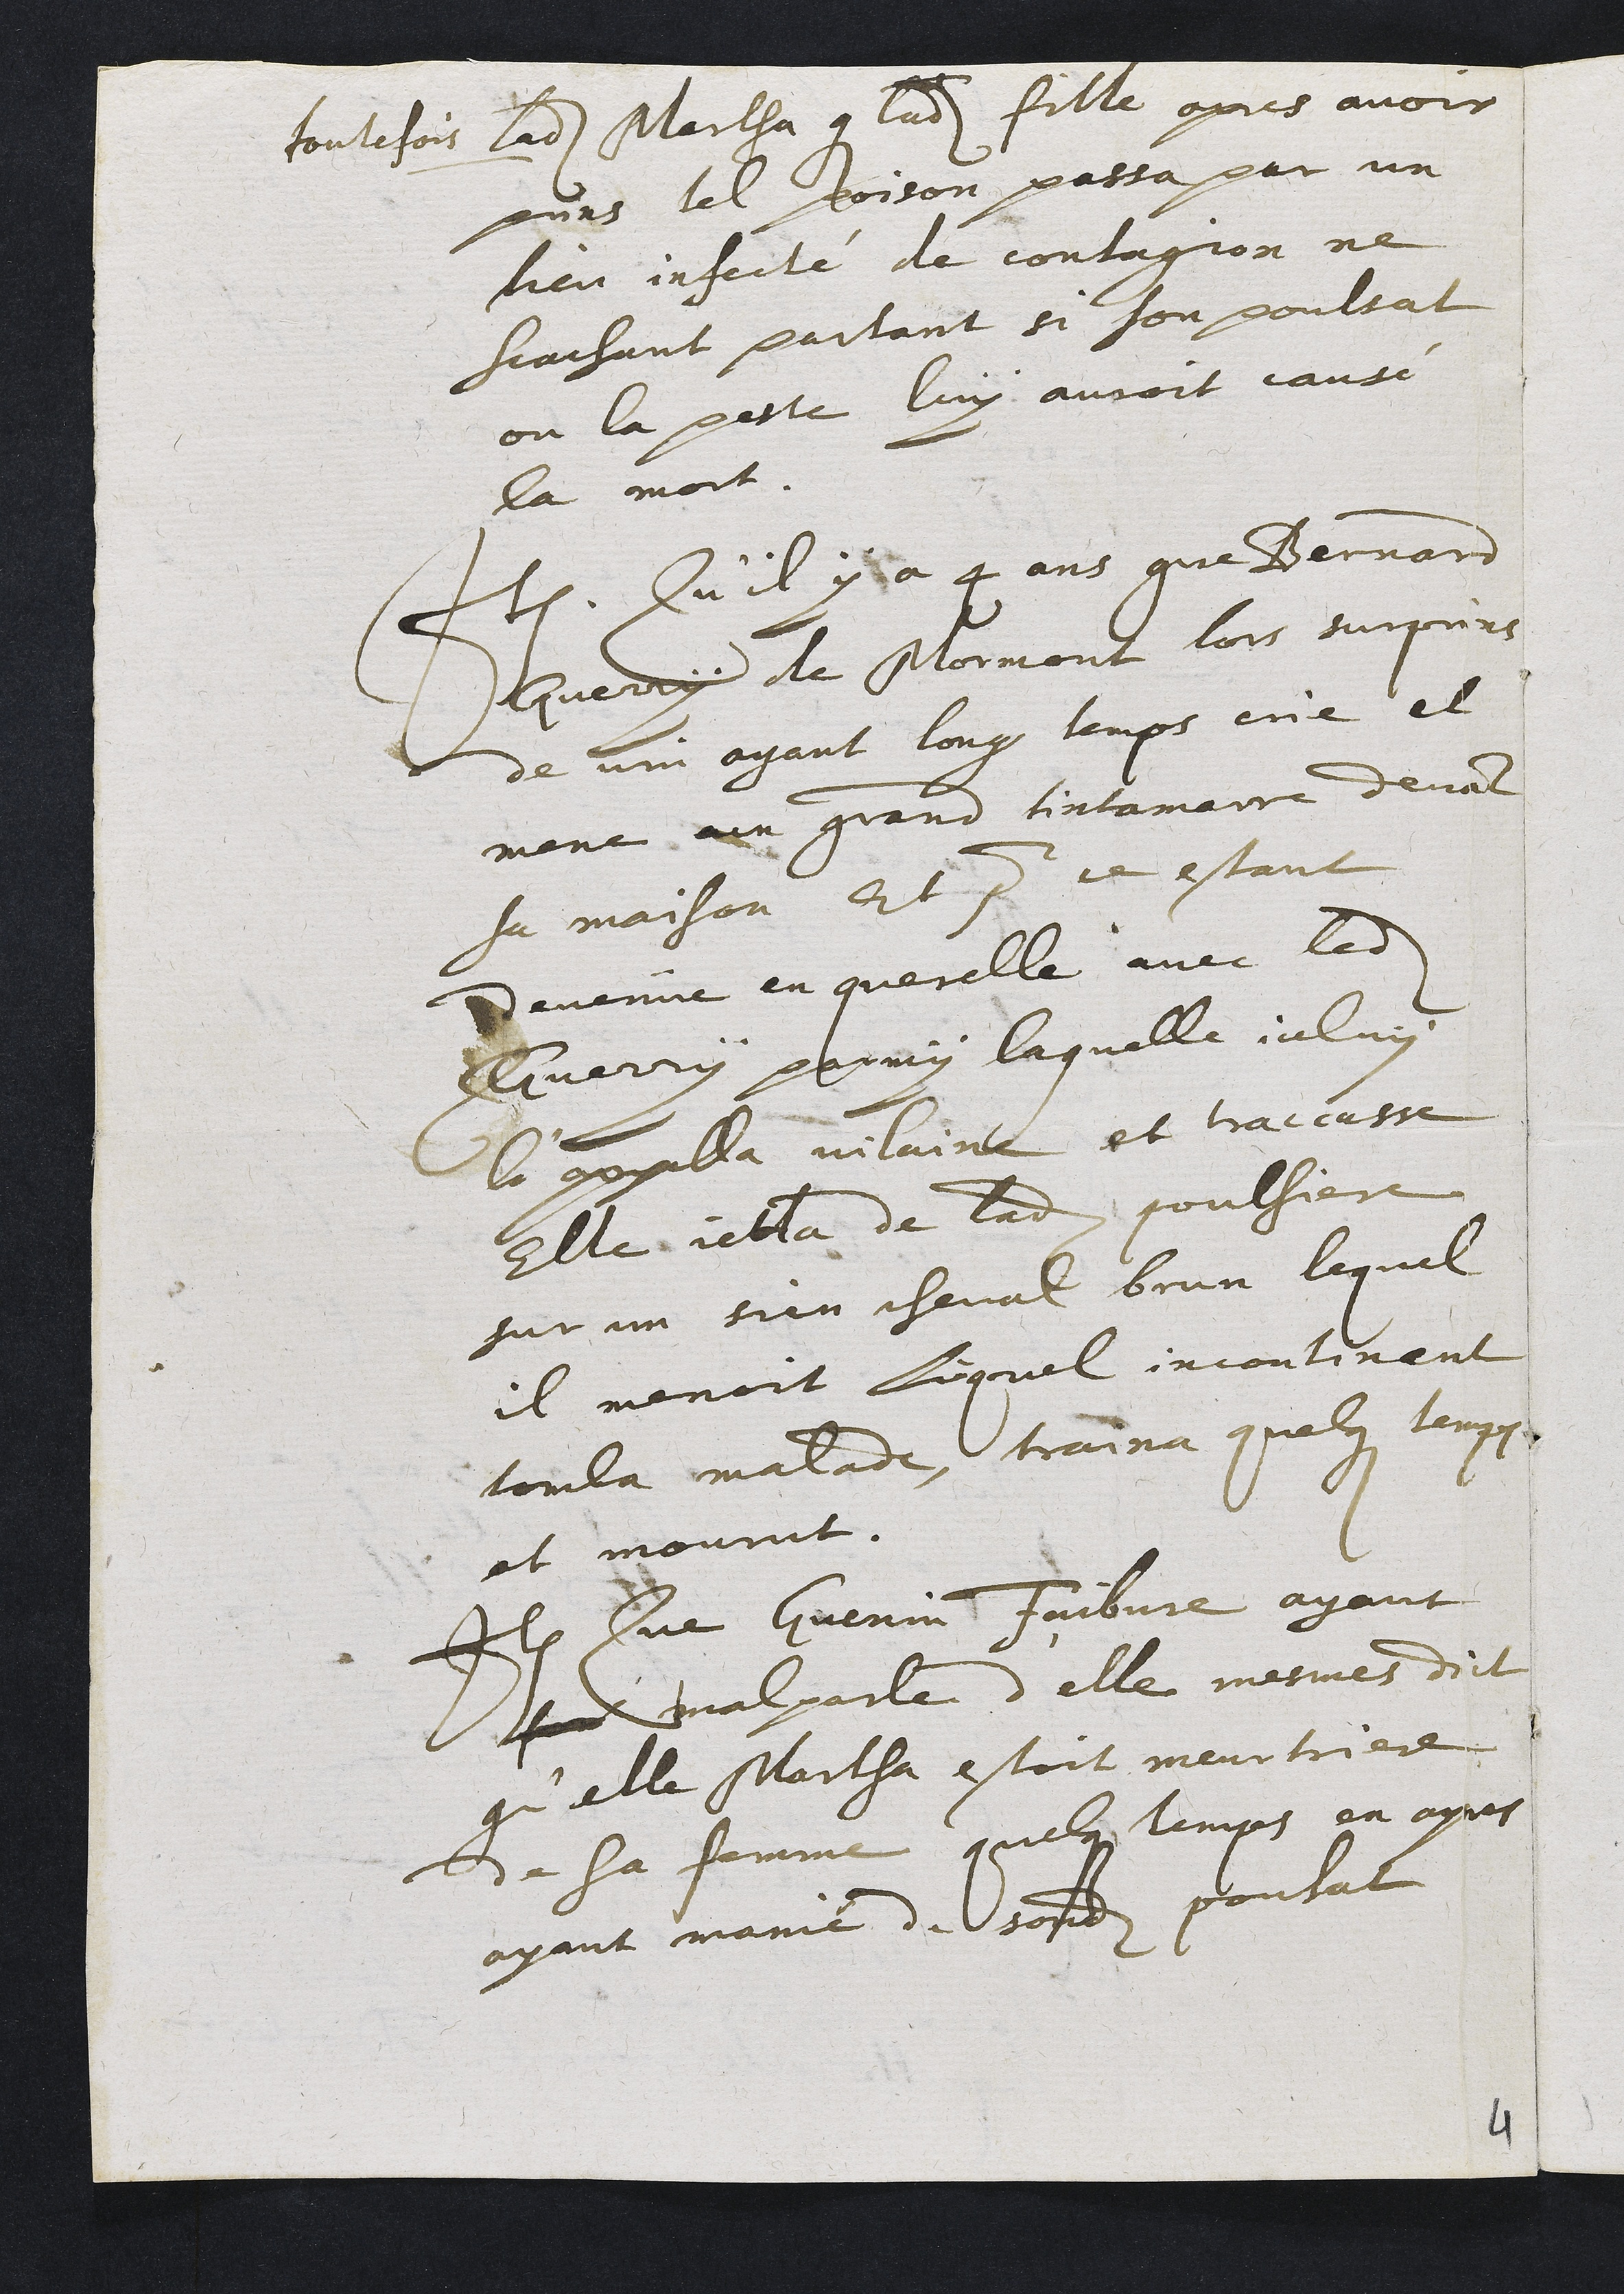
toutefois ladite Marlha que ladite fille apres avoir
juns tel poison passa par un
heu infecté de contagion ne
frachant partant si son poultat
on la pette luy auroit cause
la mort.
Item. Qu’il y à 4 ans que Pernard
huerry de Mormont lors surpurs
de vin ayant long lemps eüe et
mone un grand tintamaire devant
sa maison Et pour ce estant
Devenie en querelle avec ledit
Gerry parmy laquelle ialuy
le geilla vilaine et traccasse
Elle jetla de ladite poulsiere
sur un sien cheval brun lequel
il menoit lequel incontinant
toula malade, traina quelque lemp
et mourut.
Ilem sur Guenin Faibvre ayant
sudt malparle d’elle mesmes dict.
guelle Martha estoit meur triere.
de sa femme quelque lemps en apres
ayant manié de sondit poulat